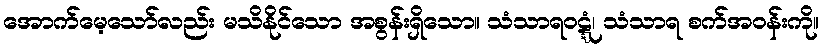
အောက်မေ့သော်လည်း မသိနိုင်သော အစွန်းရှိသော။ သံသာရဝဋ္ဋံ၊ သံသာရ စက်အဝန်းကို။